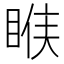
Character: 𰥱